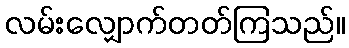
လမ်းလျှောက်တတ်ကြသည်။